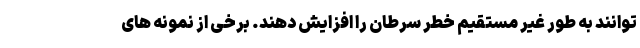
توانند به طور غیر مستقیم خطر سرطان را افزایش دهند. برخی از نمونه های